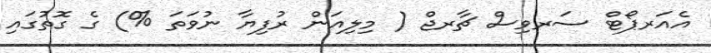
އެއަރޕޯޓް ސަރވިސް ޗާރޖް ( މިލިއަން ރުފިޔާ ނުވަތަ %) ގެ ގޮތުގައި